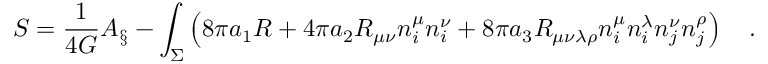
S = { \frac { 1 } { 4 G } } A _ { \S } - \int _ { \Sigma } \left( 8 \pi a _ { 1 } R + 4 \pi a _ { 2 } R _ { \mu \nu } n _ { i } ^ { \mu } n _ { i } ^ { \nu } + 8 \pi a _ { 3 } R _ { \mu \nu \lambda \rho } n _ { i } ^ { \mu } n _ { i } ^ { \lambda } n _ { j } ^ { \nu } n _ { j } ^ { \rho } \right) ~ ~ ~ .